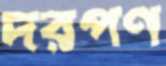
দরপণ